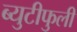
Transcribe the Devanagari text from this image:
ब्युटीफुली